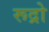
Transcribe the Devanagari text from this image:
रूद्रो